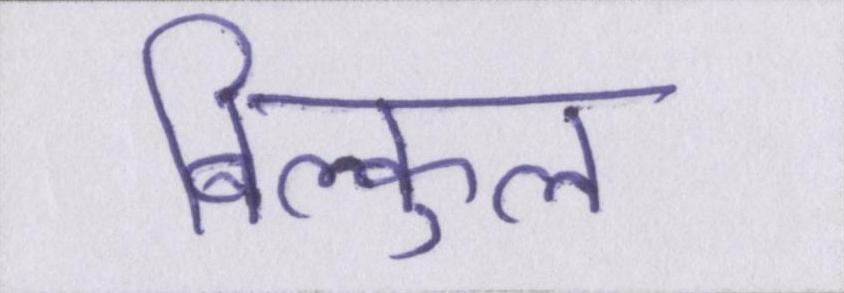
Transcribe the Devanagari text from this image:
बिल्कुल